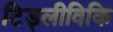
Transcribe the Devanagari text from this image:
टिड्लीविकि